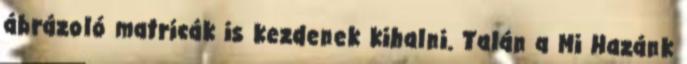
ábrázoló matricák is kezdenek kihalni. Talán a Mi Hazánk